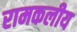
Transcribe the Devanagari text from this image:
रामकलीय